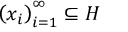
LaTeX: \left( x _ { i } \right) _ { i = 1 } ^ { \infty } \subseteq H